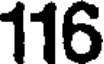
116